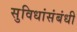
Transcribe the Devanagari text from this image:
सुविधांसंबंधी